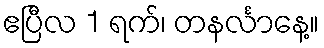
ဧပြီလ 1 ရက်၊ တနင်္လာနေ့။